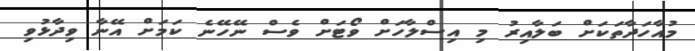
މުއާހަދާތަކަށް ބަލާއިރު މި އިސްލާހަށް ވޯޓަށް ވެސް ނޭހޭނެ ކަމަށް އޭނާ ވިދާޅުވި